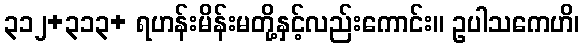
၃၁၂+၃၁၃+ ရဟန်းမိန်းမတို့နှင့်လည်းကောင်း။ ဥပါသကေဟိ၊